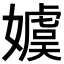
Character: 𡢢